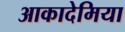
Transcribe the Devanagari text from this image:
आकादेमिया